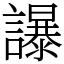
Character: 𧭤